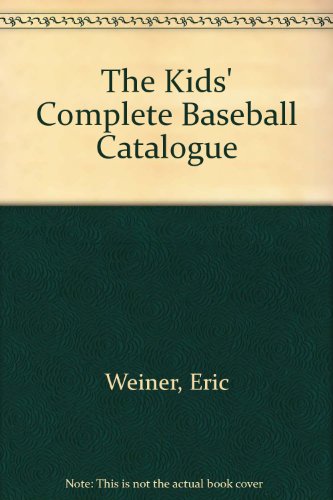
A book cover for Kids' Complete Baseball Catalog (Paperback); Weiner; Teen & Young Adult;